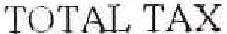
TOTAL TAX